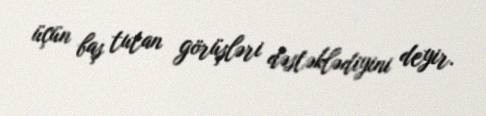
üçün baş tutan görüşləri dəstəklədiyini deyir.